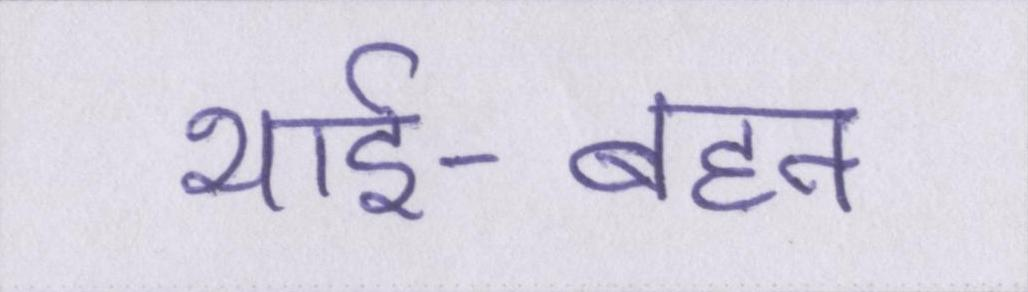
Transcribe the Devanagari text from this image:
भाई-बहन